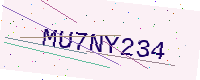
Text: MU7NY234